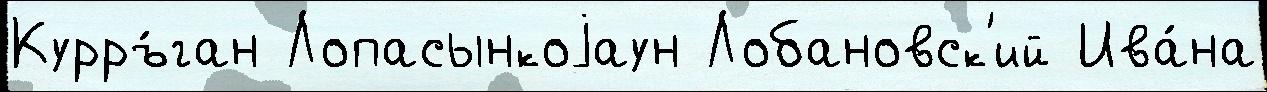
Курръ́ган Лопасынкоjаун Лобановск'ий Ива́на